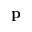
\bf p